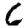
Digit: 6